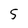
Character: 5